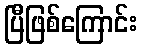
ပြီဖြစ်ကြောင်း